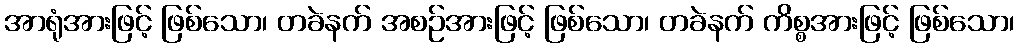
အာရုံအားဖြင့် ဖြစ်သော၊ တခဲနက် အစဉ်အားဖြင့် ဖြစ်သော၊ တခဲနက် ကိစ္စအားဖြင့် ဖြစ်သော၊